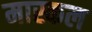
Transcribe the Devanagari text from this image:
मास्कल